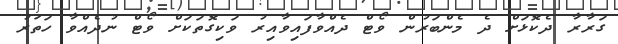
ގަރާރާ ދެކޮޅަށް ދެ މެންބަރުން ވޯޓް ދެއްވާފައިވާއިރު ވަކިގޮތަކަށް ވޯޓް ނުދެއްވާ ހަތަރު